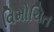
વિમોચિત